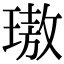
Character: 璈